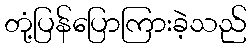
တုံ့ပြန်ပြောကြားခဲ့သည်